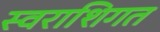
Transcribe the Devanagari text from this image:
स्वराशिगत